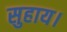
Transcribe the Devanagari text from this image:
सुहाय।